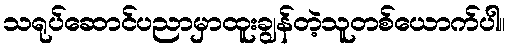
သရုပ်ဆောင်ပညာမှာထူးချွန်တဲ့သူတစ်ယောက်ပါ။